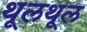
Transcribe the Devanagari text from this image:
थूलथूल